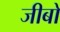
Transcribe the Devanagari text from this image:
जीबो